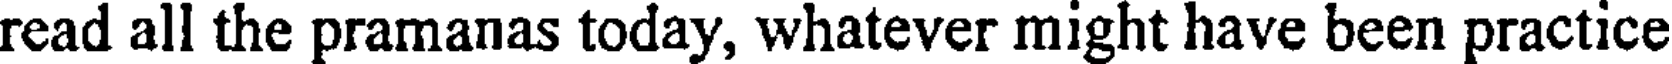
read all the pramanas today, whatever might have been practice